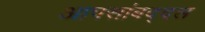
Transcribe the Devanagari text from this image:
आपसांबद्दल